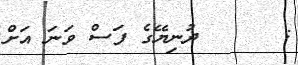
:      ދުނިޔޭގެ ފަސް ވަނަ އަށް